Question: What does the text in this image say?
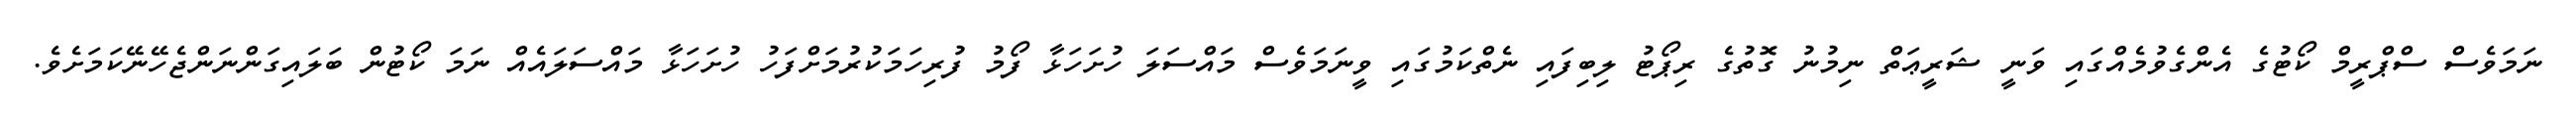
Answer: ނަމަވެސް ސްޕްރީމް ކޯޓުގެ އެންގެވުމެއްގައި ވަނީ ޝަރީޢަތް ނިމުނު ގޮތުގެ ރިޕޯޓު ލިބިފައި ނެތްކަމުގައި ވީނަމަވެސް މައްސަލަ ހުށަހަޅާ ފޯމު ފުރިހަމަކުރުމަށްފަހު ހުށަހަޅާ މައްސަލައެއް ނަމަ ކޯޓުން ބަލައިގަންނަންޖެހޭނޭކަމަށެވެ.